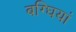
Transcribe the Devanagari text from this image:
बग्घियां